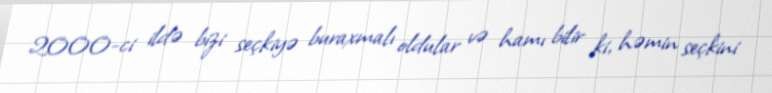
2000-ci ildə bizi seçkiyə buraxmalı oldular və hamı bilir ki, həmin seçkini